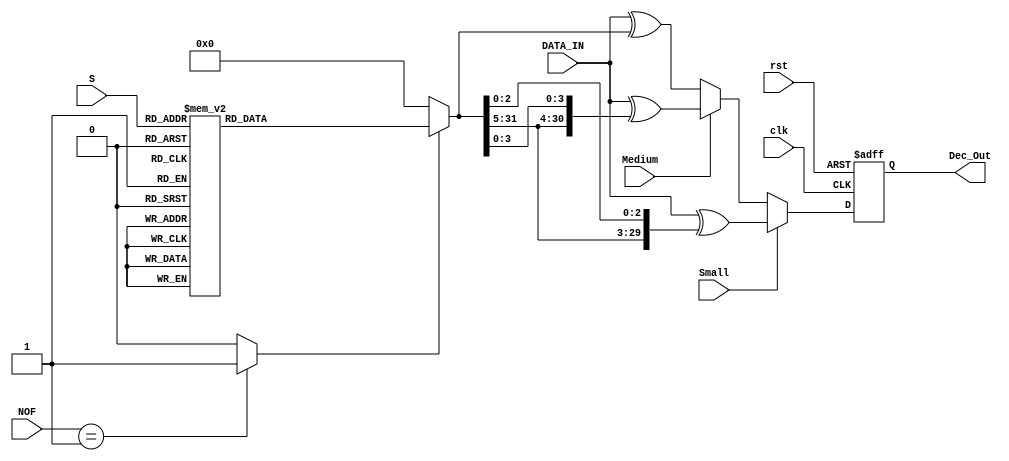
//
// Verilog Module Project_lib.Error_fix
//
// Created:
//          by - benmaorr.UNKNOWN (L330W516)
//          at - 11:11:58 11/23/2021
//
// using Mentor Graphics HDL Designer(TM) 2019.2 (Build 5)
//

`resetall
`timescale 1ns/10ps
module Error_fix 
#(
parameter DATA_WIDTH = 32
// parameter AMBA_ADDR_WIDTH = 20,
// parameter AMBA_WORD = 32
)
(
input   clk,
input 	rst,
input  [4:0] S,   //Row to fix
input  [1:0] NOF, //Number of errors
input   Small,
input   Medium,
//input   Enc_Done,
input  [31:0] DATA_IN,
//output reg Error_Done = 1'b0,
output reg [DATA_WIDTH-1:0] Dec_Out
);
reg [31:0] Bit_fix;// = {AMBA_WORD{1'b0}};
wire Enable_Fix;// = 1'b0;


//if NOF = 1 there is one error and we can fix it
assign Enable_Fix = NOF==2'b01 ? 1'b1 : 1'b0 ; 


 
  //============================================================//
 //Bit_fix is One Hot - by the value of S we can find the index of the error, calculated from the matrix H
//============================================================//

always @(Enable_Fix or S) begin : Find_Number_Of_Errors // Number of errors
	if(Enable_Fix) 
		begin
			case(S)
				5'b00001:	Bit_fix <= {{31{1'b0}},{1'b1}};
				5'b00010:	Bit_fix <= {{30{1'b0}},{1'b1},{1'b0}};	
				5'b00100:	Bit_fix <= {{29{1'b0}},{1'b1},{2{1'b0}}};
				5'b01000:	Bit_fix <= {{28{1'b0}},{1'b1},{3{1'b0}}};
				5'b10000:	Bit_fix <= {{27{1'b0}},{1'b1},{4{1'b0}}};
				5'b00000:	Bit_fix <= {{26{1'b0}},{1'b1},{5{1'b0}}};
				5'b00011:	Bit_fix <= {{25{1'b0}},{1'b1},{6{1'b0}}};
				5'b00101:	Bit_fix <= {{24{1'b0}},{1'b1},{7{1'b0}}};
				5'b00110:	Bit_fix <= {{23{1'b0}},{1'b1},{8{1'b0}}};
				5'b00111:	Bit_fix <= {{22{1'b0}},{1'b1},{9{1'b0}}};
				5'b01001:	Bit_fix <= {{21{1'b0}},{1'b1},{10{1'b0}}};
				5'b01010:	Bit_fix <= {{20{1'b0}},{1'b1},{11{1'b0}}};
				5'b01011:	Bit_fix <= {{19{1'b0}},{1'b1},{12{1'b0}}};
				5'b01100:	Bit_fix <= {{18{1'b0}},{1'b1},{13{1'b0}}};
				5'b01101:	Bit_fix <= {{17{1'b0}},{1'b1},{14{1'b0}}};
				5'b01110:	Bit_fix <= {{16{1'b0}},{1'b1},{15{1'b0}}};
				5'b01111:	Bit_fix <= {{15{1'b0}},{1'b1},{16{1'b0}}};
				5'b10001:	Bit_fix <= {{14{1'b0}},{1'b1},{17{1'b0}}};
				5'b10010:	Bit_fix <= {{13{1'b0}},{1'b1},{18{1'b0}}};
				5'b10011:	Bit_fix <= {{12{1'b0}},{1'b1},{19{1'b0}}};
				5'b10100:	Bit_fix <= {{11{1'b0}},{1'b1},{20{1'b0}}};
				5'b10101:	Bit_fix <= {{10{1'b0}},{1'b1},{21{1'b0}}};
				5'b10110:	Bit_fix <= {{9{1'b0}},{1'b1},{22{1'b0}}};
				5'b10111:	Bit_fix <= {{8{1'b0}},{1'b1},{23{1'b0}}};
				5'b11000:	Bit_fix <= {{7{1'b0}},{1'b1},{24{1'b0}}};
				5'b11001:	Bit_fix <= {{6{1'b0}},{1'b1},{25{1'b0}}};
				5'b11010:	Bit_fix <= {{5{1'b0}},{1'b1},{26{1'b0}}};
				5'b11011:	Bit_fix <= {{4{1'b0}},{1'b1},{27{1'b0}}};
				5'b11100:	Bit_fix <= {{3{1'b0}},{1'b1},{28{1'b0}}};
				5'b11101:	Bit_fix <= {{2{1'b0}},{1'b1},{29{1'b0}}};
				5'b11110:	Bit_fix <= {{1'b0},{1'b1},{30{1'b0}}};
				default :	Bit_fix <= {{1'b1},{31{1'b0}}};
			endcase
		end
	else 
		Bit_fix <= {32{1'b0}};
   
  end
  
  
   //============================================================//
  // Decoder out put - Dec_Out is set after an error has fixed if NOF was 1, output=input if NOF is 0, and output=0000..0 if NOF=2
 //============================================================//
always @(posedge clk or negedge rst) begin : Error_Fix_Out
	if(!rst) 
		begin
			Dec_Out <= {DATA_WIDTH{1'b0}};
		end		
	else 
		begin
		if(Small) 
			begin	
				Dec_Out	<=	DATA_IN[DATA_WIDTH-1:0]^{{2'b00},{Bit_fix[DATA_WIDTH-1:5]},{Bit_fix[2:0]}};
			end
		else 
			if (Medium) 
				begin
					Dec_Out	<=	DATA_IN[DATA_WIDTH-1:0]^{{1'b0},{Bit_fix[DATA_WIDTH-1:5]},{Bit_fix[3:0]}};
				end
			else 
				begin
					Dec_Out	<=	DATA_IN[DATA_WIDTH-1:0]^Bit_fix[DATA_WIDTH-1:0];
				end
		end
	
end


endmodule